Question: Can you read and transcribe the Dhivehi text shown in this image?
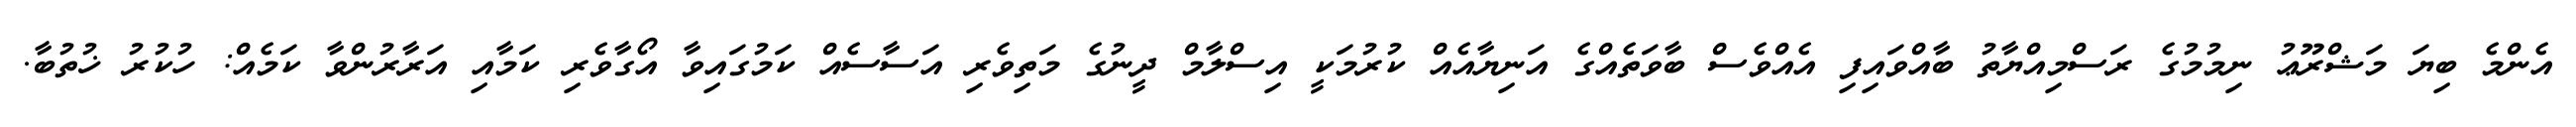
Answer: އެންމެ ބިޔަ މަޝްރޫޢު ނިމުމުގެ ރަސްމިއްޔާތު ބާއްވައިފި އެއްވެސް ބާވަތެއްގެ އަނިޔާއެއް ކުރުމަކީ އިސްލާމް ދީނުގެ މަތިވެރި އަސާސެއް ކަމުގައިވާ އޯގާވެރި ކަމާއި އަރާރުންވާ ކަމެއް: ހުކުރު ޚުތުބާ.